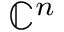
\mathbb { C } ^ { n }